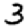
Digit: 3